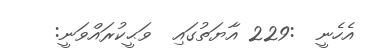
އެހެނީ  :229 އާޔަތުގައި  ވަޙީކުރައްވަނީ: